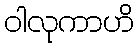
ဝါလုကာဟိ